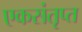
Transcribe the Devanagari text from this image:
एकसंतृप्त